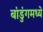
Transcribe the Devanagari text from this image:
बांडुंगमध्ये